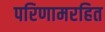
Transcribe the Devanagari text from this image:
परिणामरहित